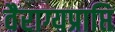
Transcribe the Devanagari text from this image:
वैराग्यप्राप्ति